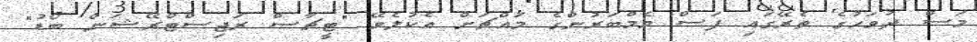
މަސް ދުވަހުގެ ތެރޭގައި ފަސް މެމްބަރުންގެ މައްޗަށް އެކުލެވޭ "ޓީޗާސް ރަޖިސްޓްރޭޝަން ބޯޑު"